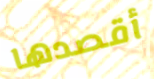
أقصدها